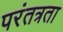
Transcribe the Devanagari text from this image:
परंतत्रता